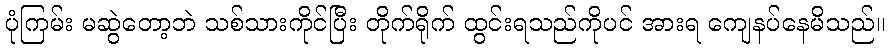
ပုံကြမ်း မဆွဲတော့ဘဲ သစ်သားကိုင်ပြီး တိုက်ရိုက် ထွင်းရသည်ကိုပင် အားရ ကျေနပ်နေမိသည်။